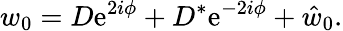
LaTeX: w_{0}=D\mathrm{e}^{2i\phi}+D^{*}\mathrm{e}^{-2i\phi}+\hat{w}_{0}.